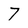
Character: 7